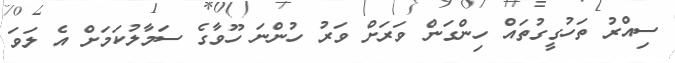
ސިއްރު ތަހުގީގުތައް ހިންގަން ވަރަށް ވަރު ހުންނަ ހޫވާގެ ސަމާލުކަމަށް އެ ލަވަ